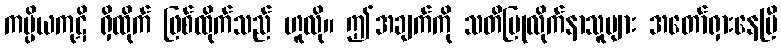
ကပ္ပိယကုဋိ ရှိထိုက် ဖြစ်ထိုက်သည် ဟူလို။ ဤအချက်ကို သတိပြုလိုက်နာသူများ အတော်ရှားနေပြီ